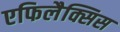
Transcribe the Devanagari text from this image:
एफिलैक्सिस